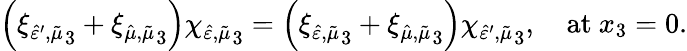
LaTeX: \left({\xi_{\hat{\varepsilon}^{\prime},\tilde{\mu}}}_{3}+{\xi_{\hat{\mu},\tilde{\mu}}}_{3}\right){\chi_{\hat{\varepsilon},\tilde{\mu}}}_{3}=\left({\xi_{\hat{\varepsilon},\tilde{\mu}}}_{3}+{\xi_{\hat{\mu},\tilde{\mu}}}_{3}\right){\chi_{\hat{\varepsilon}^{\prime},\tilde{\mu}}}_{3},\quad\mathrm{at}\ x_{3}=0.